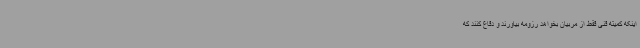
اینکه کمیته فنی فقط از مربیان بخواهد رزومه بیاورند و دفاع کنند که